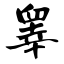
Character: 睾